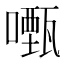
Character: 𭋡